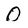
Character: 0